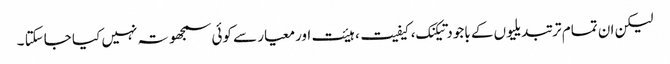
لیکن ان تمام تر تبدیلیوں کے باجود تیکنک، کیفیت، ہیئت اورمعیار سے کوئی سمجھوتہ نہیں کیا جاسکتا ۔